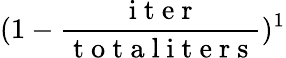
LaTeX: (1-\frac{\mathrm{~i~t~e~r~}}{\mathrm{~t~o~t~a~l~i~t~e~r~s~}})^{1}